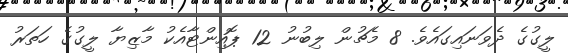
ލީގުގެ ދެވަނައިގައެވެ. 8 މެޗުން ލިބުނު 12 ޕޮއިންޓާއެކު މާޒިޔާ ލީގުގެ ހަތަރު